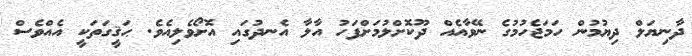
ދާނިޔަލް ދިޔުމުން ހަމަޖެހުމުގެ ނޭވާއެއް ދޫކޮށްލުމަށްފަހު އާލާ އެނދުގައި އޮށޯވެލިއެވެ. ޙަޤީގަތަކީ އެއްވެސް